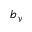
b _ { y }